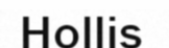
Hollis